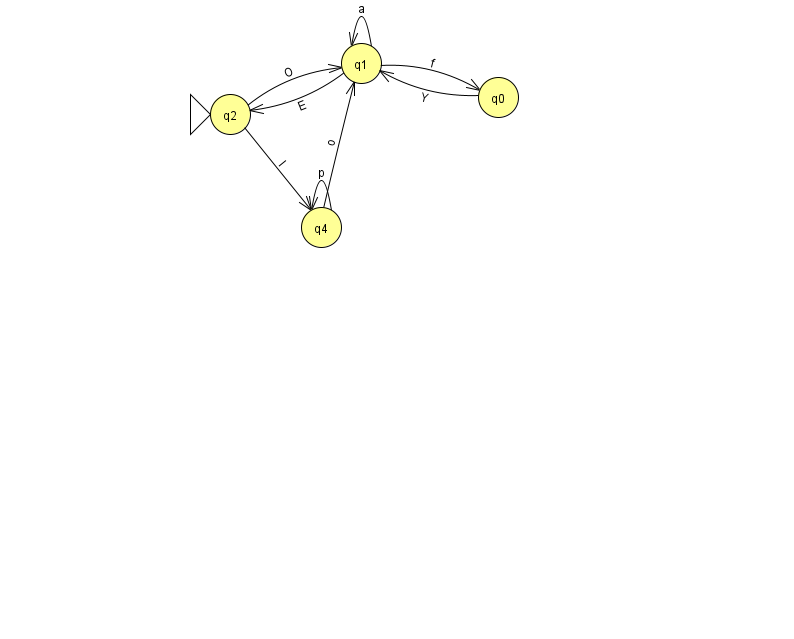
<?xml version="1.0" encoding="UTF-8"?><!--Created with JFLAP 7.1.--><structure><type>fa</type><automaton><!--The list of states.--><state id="0" name="q0"><x>498.0</x><y>84.0</y></state><state id="1" name="q1"><x>361.0</x><y>50.0</y></state><state id="2" name="q2"><x>230.0</x><y>101.0</y><initial/></state><state id="4" name="q4"><x>321.0</x><y>214.0</y></state><!--The list of transitions.--><transition><from>2</from><to>4</to><read>l</read></transition><transition><from>4</from><to>4</to><read>p</read></transition><transition><from>1</from><to>1</to><read>a</read></transition><transition><from>1</from><to>0</to><read>f</read></transition><transition><from>2</from><to>1</to><read>O</read></transition><transition><from>0</from><to>1</to><read>Y</read></transition><transition><from>4</from><to>1</to><read>o</read></transition><transition><from>1</from><to>2</to><read>E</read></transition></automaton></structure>